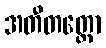
အတီတတ္ထော